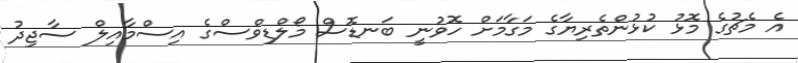
އެ މެޗުގެ މޮޅު ކުޅުންތެރިޔާގެ މަގާމަށް ހޮވުނީ ބަނޑޮސް މޯލްޑިވްސްގެ އިސްމާއިލް ސާޖިދު